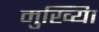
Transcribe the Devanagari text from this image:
मुख्यिा